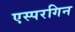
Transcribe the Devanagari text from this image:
एस्परगिन